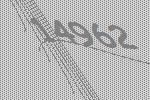
14962